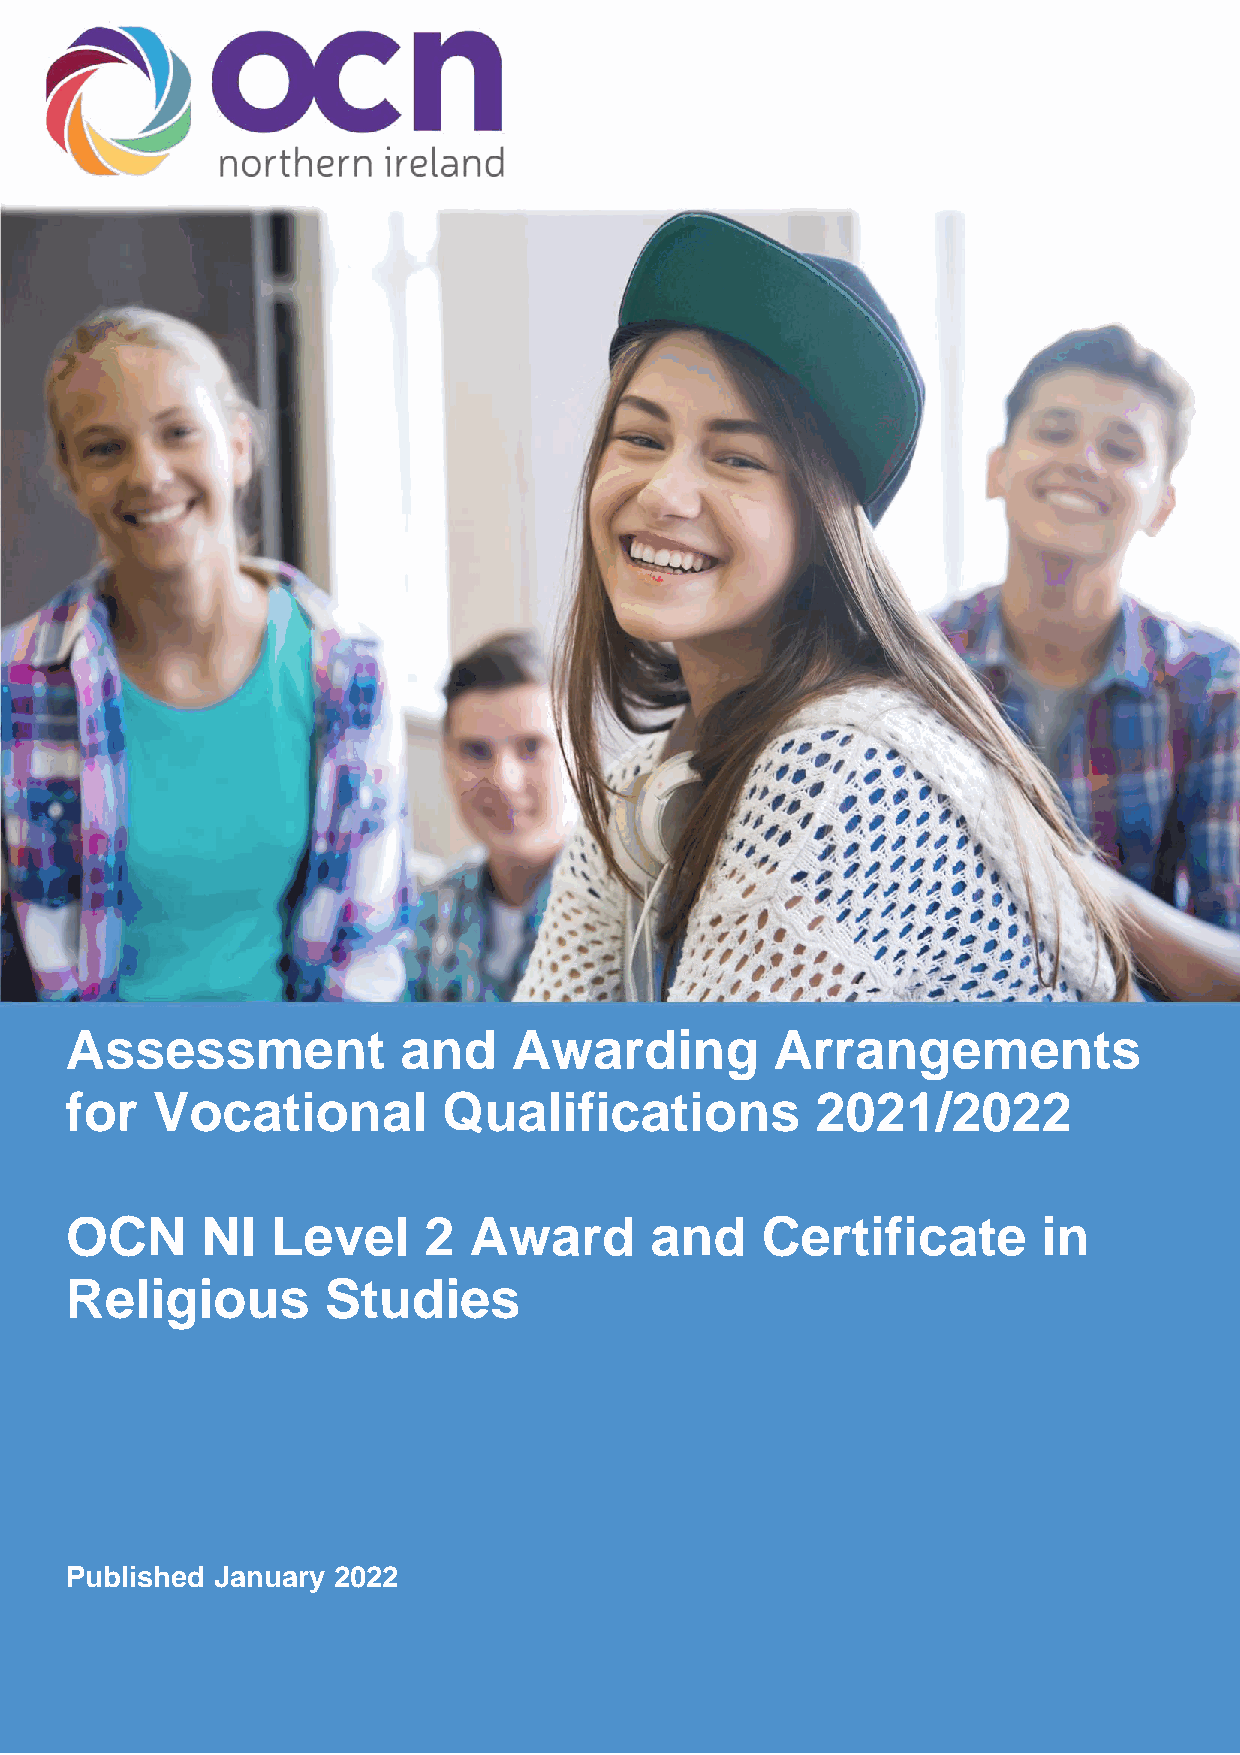
Assessment             and    Awarding         Arrangements
 for   Vocational         Qualifications           2021/2022
 OCN      NI   Level     2  Award       and    Certificate        in
 Religious        Studies
 Published January 2022
 1